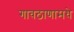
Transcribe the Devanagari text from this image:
गावठाणामधे